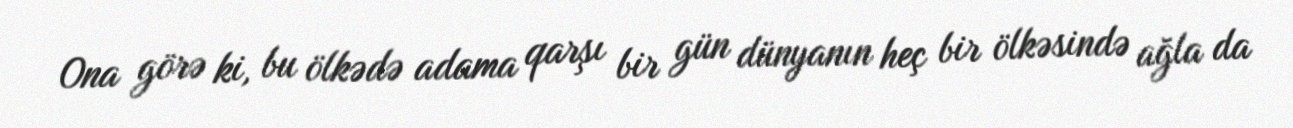
Ona görə ki, bu ölkədə adama qarşı bir gün dünyanın heç bir ölkəsində ağla da